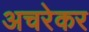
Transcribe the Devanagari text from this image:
अचरेकर